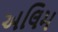
અલિમ